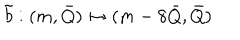
\tilde { b } : ( m , \bar { Q } ) \mapsto ( m - 8 \bar { Q } , \bar { Q } )